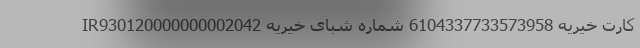
کارت خیریه 6104337733573958 شماره شبای خیریه IR930120000000002042